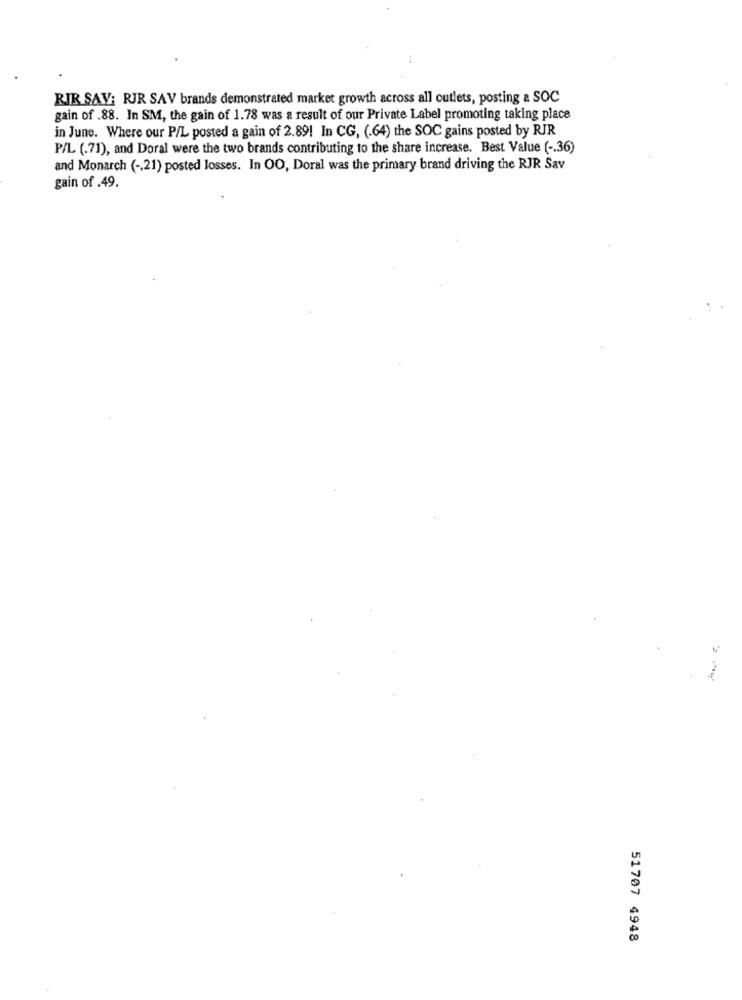
RIR SAV: RJR SAV brands demonstrated market growth across all outlets, posting & SOC
gain of .88. In SM, the gain of 1.78 was a result of our Private Label promoting taking place
in June. Where our P/L posted a gain of 2.89! In CG, (.64) the SOC gains posted by RJR
P/L (.71), and Doral were the two brands contributing to the share increase. Best Value ( -. 36)
and Monarch ( -. 21) posted losses. In OO, Doral was the primary brand driving the RJR Sav
gain of .49.
51707 4948